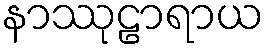
နာဿုဠာရာယ